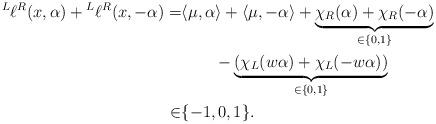
LaTeX: \begin{align*}\prescript L{}{}\ell{}^R (x,\alpha) + \prescript L{}{}\ell{}^R(x,-\alpha)=&\langle \mu,\alpha\rangle + \langle \mu,-\alpha\rangle + \underbrace{\chi_R(\alpha) + \chi_R(-\alpha)}_{\in\{0,1\}}\\&\qquad-\underbrace{(\chi_L(w\alpha) + \chi_L(-w\alpha))}_{\in\{0,1\}}\\\in&\{-1,0,1\}.\end{align*}